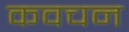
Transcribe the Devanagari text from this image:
कवचन